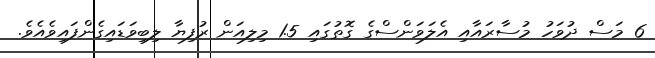
6 މަސް ދުވަހު މުސާރައާއި އެލަވަންސްގެ ގޮތުގައި 1.5 މިލިއަން ރުފިޔާ ލިބިވަޑައިގެންފައިވެއެވެ.